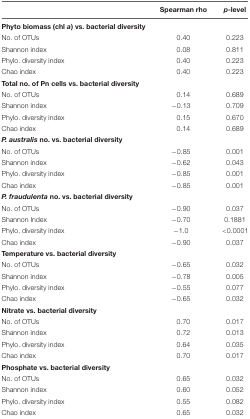
|  | Spearman rho | p-level |
 | --- | --- | --- |
 | Phyto biomass (chl a) vs. bacterial diversity |  |  |
 | No. of OTUs | 0.40 | 0.223 |
 | Shannon index | 0.08 | 0.811 |
 | Phylo. diversity index | 0.40 | 0.223 |
 | Chao index | 0.40 | 0.223 |
 | Total no. of Pn cells vs. bacterial diversity |  |  |
 | No. of OTUs | 0.14 | 0.689 |
 | Shannon index | -0.13 | 0.709 |
 | Phylo. diversity index | 0.15 | 0.670 |
 | Chao index | 0.14 | 0.689 |
 | P. australis no. vs. bacterial diversity |  |  |
 | No. of OTUs | -0.85 | 0.001 |
 | Shannon index | -0.62 | 0.043 |
 | Phylo. diversity index | -0.85 | 0.001 |
 | Chao index | -0.85 | 0.001 |
 | P. fraudulenta no. vs. bacterial diversity |  |  |
 | No. of OTUs | -0.90 | 0.037 |
 | Shannon Index | -0.70 | 0.1881 |
 | Phylo. diversity index | -1.0 | <0.0001 |
 | Chao index | -0.90 | 0.037 |
 | Temperature vs. bacterial diversity |  |  |
 | No. of OTUs | -0.65 | 0.032 |
 | Shannon index | -0.78 | 0.005 |
 | Phylo. diversity index | -0.55 | 0.077 |
 | Chao index | -0.65 | 0.032 |
 | Nitrate vs. bacterial diversity |  |  |
 | No. of OTUs | 0.70 | 0.017 |
 | Shannon index | 0.72 | 0.013 |
 | Phylo. diversity index | 0.64 | 0.035 |
 | Chao index | 0.70 | 0.017 |
 | Phosphate vs. bacterial diversity |  |  |
 | No. of OTUs | 0.65 | 0.032 |
 | Shannon index | 0.60 | 0.052 |
 | Phylo. diversity index | 0.55 | 0.082 |
 | Chao index | 0.65 | 0.032 |